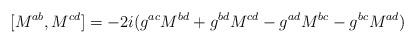
LaTeX: \begin{align*}[M^{ab},M^{cd}]=-2i (g^{ac}M^{bd}+g^{bd}M^{cd}-g^{ad}M^{bc}-g^{bc}M^{ad})\end{align*}